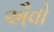
ઐવો